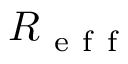
R _ { \mathrm { ~ e ~ f ~ f ~ } }